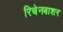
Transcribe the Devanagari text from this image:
रिचेनबाशर